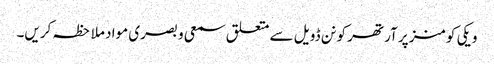
ویکی کومنز پر آرتھر کونن ڈویل سے متعلق سمعی و بصری مواد ملاحظہ کریں۔